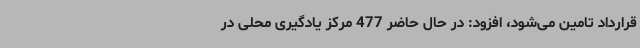
قرارداد تامین می‌شود، افزود: در حال حاضر 477 مرکز یادگیری محلی در